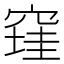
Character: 𰩔